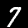
Label: 7